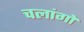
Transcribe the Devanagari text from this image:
चलांगों